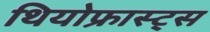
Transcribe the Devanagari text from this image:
थियोफ्रास्ट्स